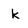
Character: k